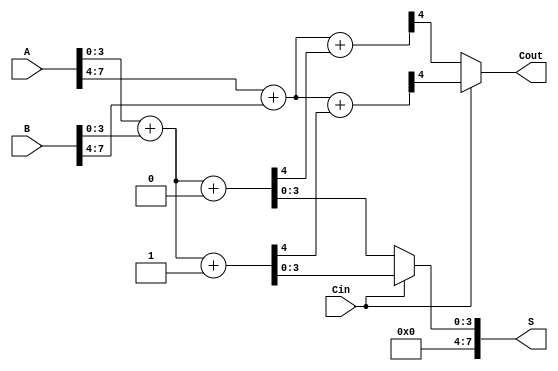
module carry_select_adder (
    input [7:0] A,      // 8-bit input A
    input [7:0] B,      // 8-bit input B
    input Cin,          // Carry input
    output [7:0] S,     // 8-bit sum output
    output Cout         // Carry output
);
    wire [3:0] sum0, sum1; // Sums for each block when Cin = 0 and Cin = 1
    wire c0, c1;           // Carry outputs for each block when Cin = 0 and Cin = 1

    // First 4-bit block
    wire [3:0] A0 = A[3:0], B0 = B[3:0];
    wire c0_0, c1_0;
    
    // Compute sums and carries for the first block (A0, B0)
    assign {c0_0, sum0[3:0]} = A0 + B0 + 4'b0; // Assume Cin = 0
    assign {c1_0, sum1[3:0]} = A0 + B0 + 4'b1; // Assume Cin = 1

    // Second 4-bit block
    wire [3:0] A1 = A[7:4], B1 = B[7:4];
    wire c0_1, c1_1;

    // Compute sums and carries for the second block (A1, B1)
    assign {c0_1, sum0[7:4]} = A1 + B1 + c0_0; // Use carry from previous block (Cin = 0)
    assign {c1_1, sum1[7:4]} = A1 + B1 + c1_0; // Use carry from previous block (Cin = 1)

    // Final carry selection logic
    assign S = (Cin == 0) ? sum0 : sum1; // Select sum based on Cin
    assign Cout = (Cin == 0) ? c0_1 : c1_1; // Select Cout based on Cin

endmodule